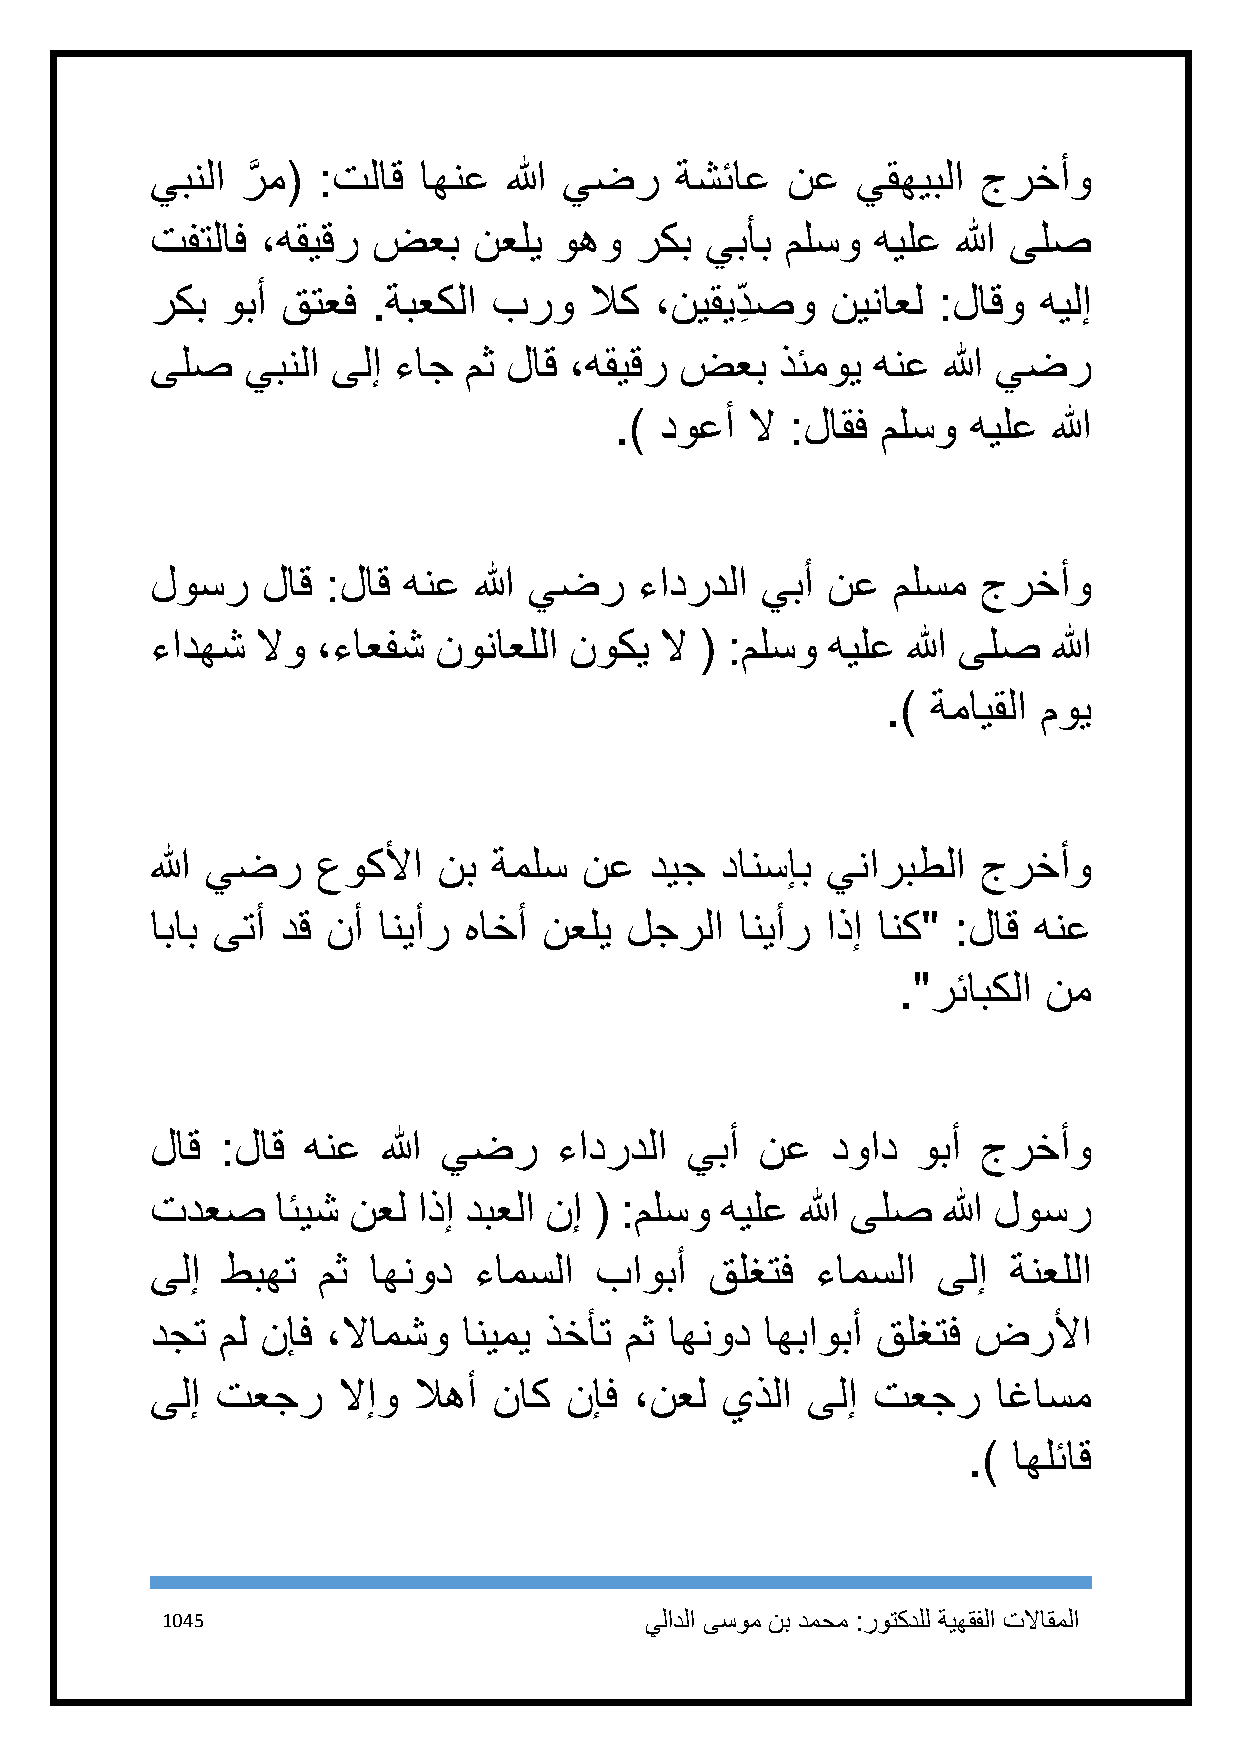
يبنلا رَّ م( :تلاق اهنع الله يضر   ةشئاع  نع   يقهيبلا جرخأو
 تفتلاف ،هقيقر  ضعب   نعلي  وهو  ركب  يبأب ملسو  هيلع الله ىلص
 ركب  وبأ قتعف  .ةبعكلا برو   لاك ،نيقيد ِ صو نيناعل :لاقو  هيلإ
 ىلص   يبنلا ىلإ ءاج  مث لاق ،هقيقر ضعب    ذئموي هنع الله يضر
 .) دوعأ  لا :لاقف ملسو هيلع  الله
 لوسر   لاق  :لاق هنع الله يضر   ءادردلا يبأ  نع  ملسم  جرخأو
 ءادهش  لاو ،ءاعفش  نوناعللا نوكي  لا ( :ملسو هيلع الله ىلص  الله
 .) ةمايقلا موي
 الله يضر   عوكلأا  نب  ةملس  نع  ديج  دانسإب يناربطلا  جرخأو
 اباب ىتأ دق نأ انيأر هاخأ نعلي لجرلا   انيأر اذإ انك" :لاق هنع
 ."رئابكلا نم
 لاق  :لاق هنع  الله يضر    ءادردلا يبأ  نع   دواد  وبأ جرخأو
 تدعص    ائيش نعل  اذإ دبعلا نإ ( :ملسو هيلع الله ىلص الله لوسر
 ىلإ  طبهت  مث اهنود  ءامسلا  باوبأ   قلغتف  ءامسلا  ىلإ  ةنعللا
 دجت  مل نإف ،لاامشو  انيمي ذخأت مث اهنود اهباوبأ قلغتف ضرلأا
 ىلإ تعجر    لاإو لاهأ  ناك نإف  ،نعل  يذلا ىلإ  تعجر    اغاسم
 .) اهلئاق
 1145                            يلادلا ىسوم نب دمحم :روتكدلل ةيهقفلا تلااقملا